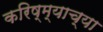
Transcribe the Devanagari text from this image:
करिष्म्याच्या